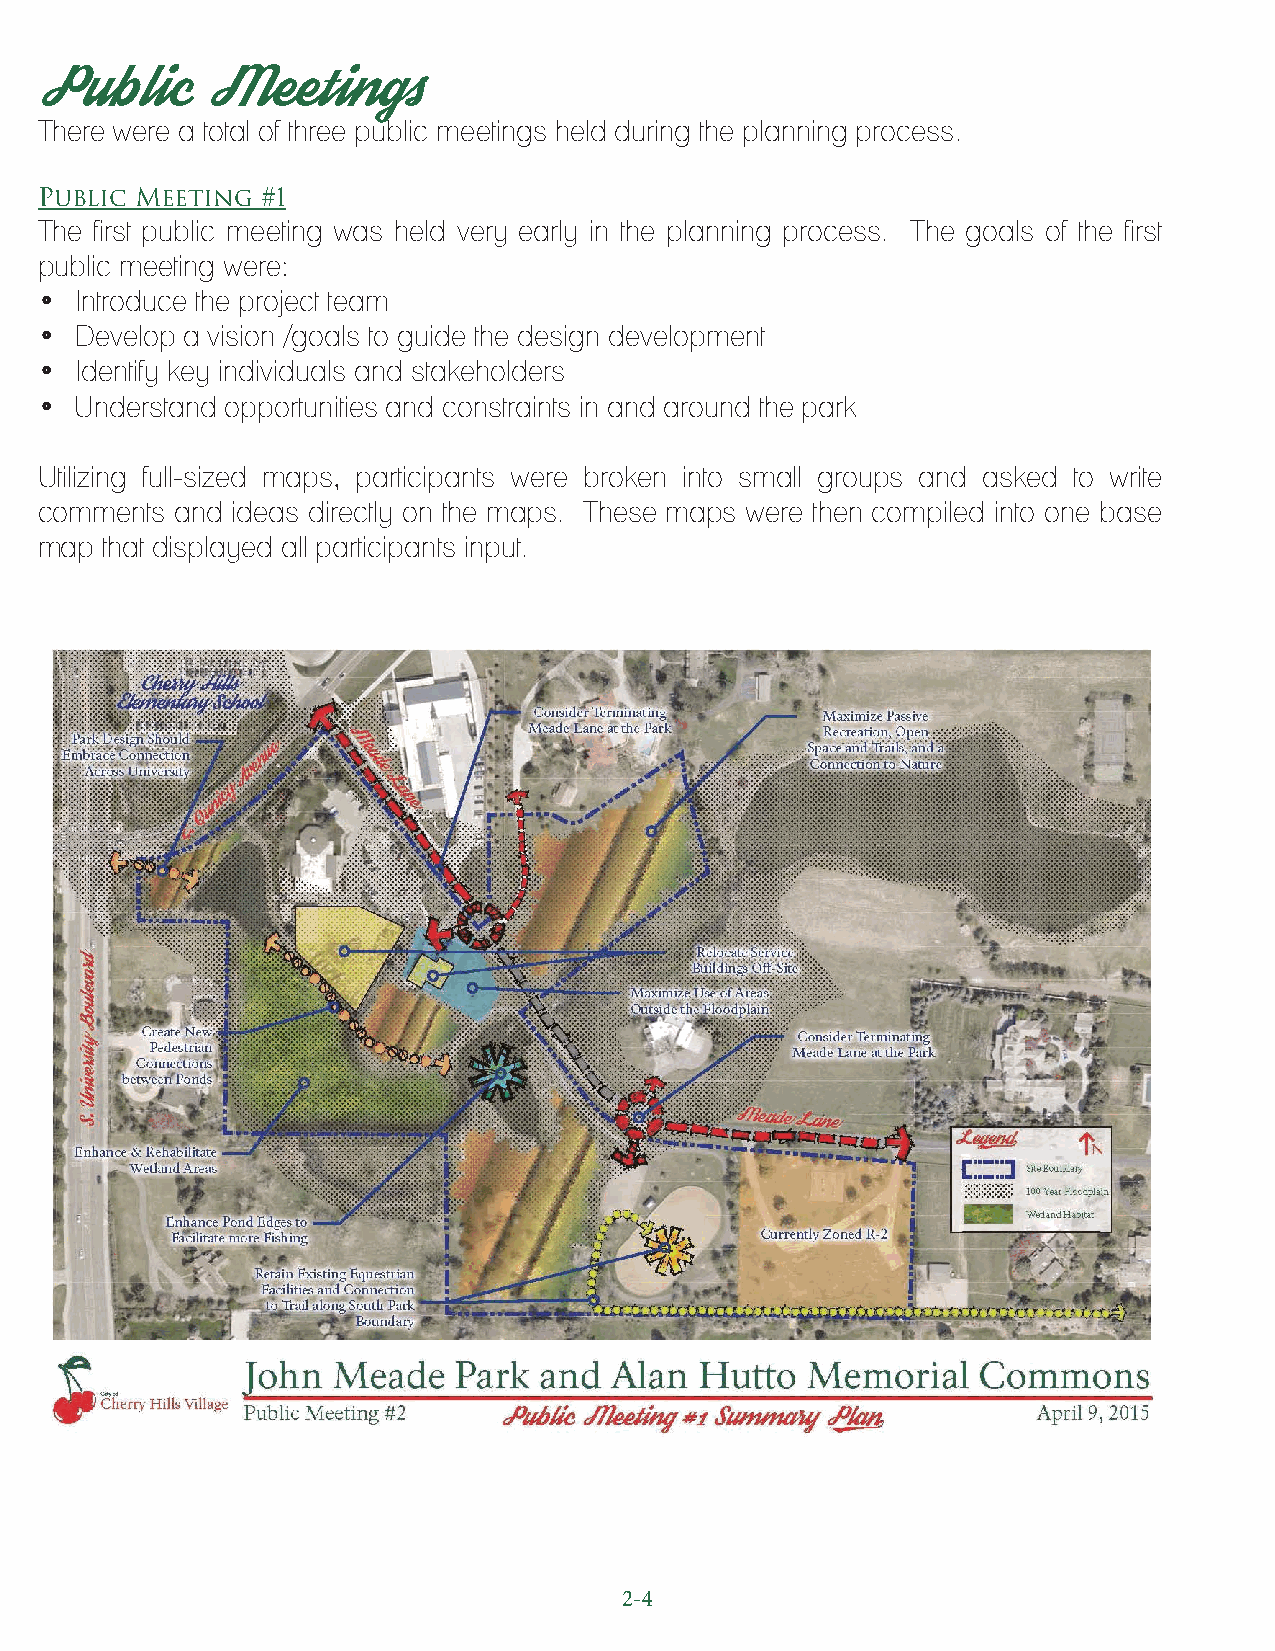
Public      Meetings
 There were a total of three public meetings held during the planning process.
 Public Meeting #1
 The first public meeting was held very early in the planning process. The goals of the first
 public meeting were:
 •  Introduce the project team
 •  Develop a vision /goals to guide the design development
 •  Identify key individuals and stakeholders
 •  Understand opportunities and constraints in and around the park
 Utilizing full-sized maps, participants were broken into small groups and asked to write
 comments  and ideas directly on the maps. These maps were then compiled into one base
 map  that displayed all participants input.
 2-4